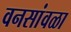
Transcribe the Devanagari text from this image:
वनसांवळा